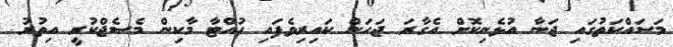
މަސައްކަތުގައި ޖަނާ އުޅެނިކޮށް އެގާރަ ޖަހަން ކައިރިވެފައި ހުއްޓާ މާކިން މެސެޖްކުރީ އިތުރު